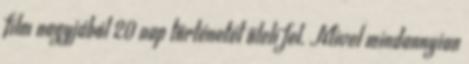
film nagyjából 20 nap történetét öleli fel. Mivel mindannyian